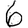
Digit: 6